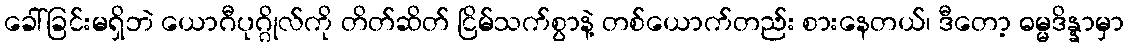
ခေါ်ခြင်းမရှိဘဲ ယောဂီပုဂ္ဂိုလ်ကို တိတ်ဆိတ် ငြိမ်သက်စွာနဲ့ တစ်ယောက်တည်း စားနေတယ်၊ ဒီတော့ ဓမ္မဒိန္နာမှာ